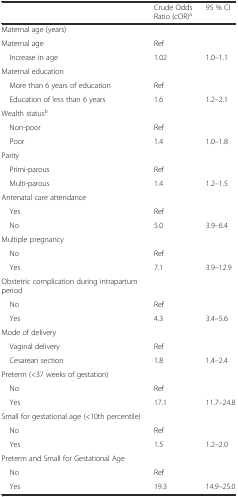
<table><thead><tr><td></td><td><b>Crude Odds Ratio (cOR)<sup>a</sup></b></td><td><b>95 % CI</b></td></tr></thead><tbody><tr><td>Maternal age (years)</td><td></td><td></td></tr><tr><td>Maternal age</td><td>Ref</td><td></td></tr><tr><td> Increase in age</td><td>1.02</td><td>1.0–1.1</td></tr><tr><td>Maternal education</td><td></td><td></td></tr><tr><td> More than 6 years of education</td><td>Ref</td><td></td></tr><tr><td> Education of less than 6 years</td><td>1.6</td><td>1.2–2.1</td></tr><tr><td>Wealth status<sup>b</sup></td><td></td><td></td></tr><tr><td> Non-poor</td><td>Ref</td><td></td></tr><tr><td> Poor</td><td>1.4</td><td>1.0–1.8</td></tr><tr><td>Parity</td><td></td><td></td></tr><tr><td> Primi-parous</td><td>Ref</td><td></td></tr><tr><td> Multi-parous</td><td>1.4</td><td>1.2–1.5</td></tr><tr><td>Antenatal care attendance</td><td></td><td></td></tr><tr><td> Yes</td><td>Ref</td><td></td></tr><tr><td> No</td><td>5.0</td><td>3.9–6.4</td></tr><tr><td>Multiple pregnancy</td><td></td><td></td></tr><tr><td> No</td><td>Ref</td><td></td></tr><tr><td> Yes</td><td>7.1</td><td>3.9–12.9</td></tr><tr><td>Obstetric complication during intrapartum period</td><td></td><td></td></tr><tr><td> No</td><td>Ref</td><td></td></tr><tr><td> Yes</td><td>4.3</td><td>3.4–5.6</td></tr><tr><td>Mode of delivery</td><td></td><td></td></tr><tr><td> Vaginal delivery</td><td>Ref</td><td></td></tr><tr><td> Cesarean section</td><td>1.8</td><td>1.4–2.4</td></tr><tr><td>Preterm (&lt;37 weeks of gestation)</td><td></td><td></td></tr><tr><td> No</td><td>Ref</td><td></td></tr><tr><td> Yes</td><td>17.1</td><td>11.7–24.8</td></tr><tr><td>Small for gestational age (&lt;10th percentile)</td><td></td><td></td></tr><tr><td> No</td><td>Ref</td><td></td></tr><tr><td> Yes</td><td>1.5</td><td>1.2–2.0</td></tr><tr><td>Preterm and Small for Gestational Age</td><td></td><td></td></tr><tr><td> No</td><td>Ref</td><td></td></tr><tr><td> Yes</td><td>19.3</td><td>14.9–25.0</td></tr></tbody></table>